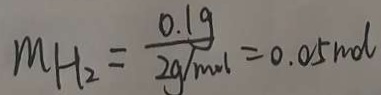
M H _ { 2 } = \frac { 0 . 1 g } { 2 g / m o l } = 0 . 0 5 m d